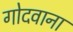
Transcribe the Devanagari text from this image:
गोदवाना